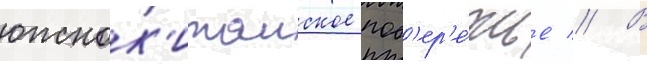
южнок'итаиское поб'ер'е́жье // В